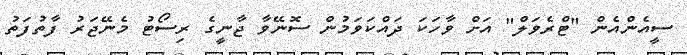
ސީއެންއެން "ޓްރެވަލް" އަށް ވާހަކަ ދައްކަވަމުން ސޮނޭވާ ޖާނީގެ ރިސޯޓު މެނޭޖަރު ފާތުފަތު